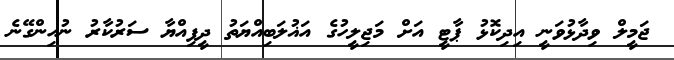
ޖަމީލް ވިދާޅުވަނީ އިދިކޮޅު ޕާޓީ އަށް މަޖިލީހުގެ އަޣުލަބިއްޔަތު ދީފިއްޔާ ސަރުކާރު ނުހިންގޭނެ